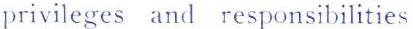
privileges and responsibilities